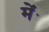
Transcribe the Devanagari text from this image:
मेंॱ